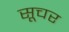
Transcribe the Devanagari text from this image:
सूचर